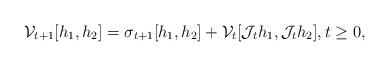
LaTeX: \begin{align*}\mathcal{V}_{t+1}[h_1,h_2] = \sigma_{t+1}[h_1,h_2] + \mathcal{V}_t[\mathcal{J}_t h_1,\mathcal{J}_t h_2], t \geq 0,\end{align*}